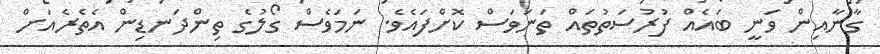
ގާނާއިން ވަނީ ބައެއް ފުރުސަތުތައް ތަނަވަސް ކޮށްފައެވެ. ނަމަވެސް ގޯލުގެ ތިންދަނޑިން އެތެރެއަށް